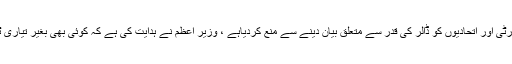
جیونیوز کے مطابق وزیر اعظم عمران خان نے پارٹی اور اتحادیوں کو ڈالر کی قدر سے متعلق بیان دینے سے منع کردیاہے ، وزیر اعظم نے ہدایت کی ہے کہ کوئی بھی بغیر تیاری ٹاک شویا بیان میں ڈالر کی قیمت پر بات نہ کرے ۔